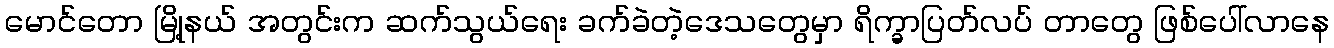
မောင်တော မြို့နယ် အတွင်းက ဆက်သွယ်ရေး ခက်ခဲတဲ့ဒေသတွေမှာ ရိက္ခာပြတ်လပ် တာတွေ ဖြစ်ပေါ်လာနေ